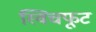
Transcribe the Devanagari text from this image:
स्विचफूट